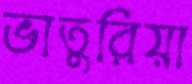
ভাতুরিয়া